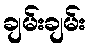
ချမ်းချမ်း